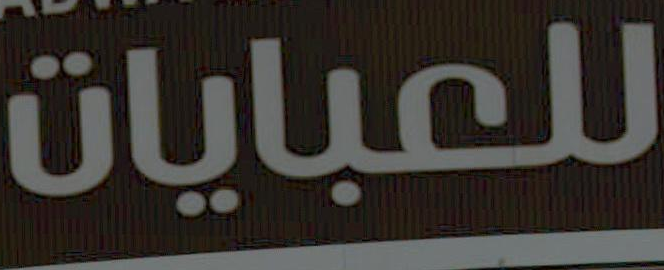
للعبايات